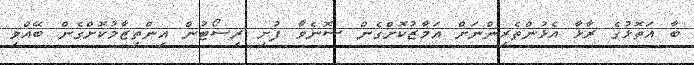
ބާ އަތޮޅުގެ ރާޅާ އެޅުންތެރިންނަށް އަމާޒުކޮށްގެން ސޮނެވާ ފުށި ރިސޯޓުން އިންތިޒާމުކޮށްގެން ބޭއްވި